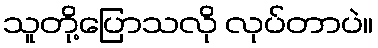
သူတို့ပြောသလို လုပ်တာပဲ။